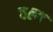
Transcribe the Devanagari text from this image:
चल्य